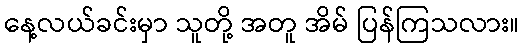
နေ့လယ်ခင်းမှာ သူတို့ အတူ အိမ် ပြန်ကြသလား။